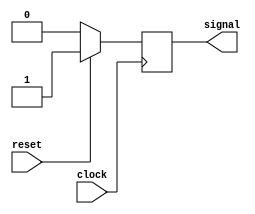
module servooutput(reset, clock, signal);
    input reset, clock;
    output signal;

    reg count = 0;
    reg signal = 0;

always @(posedge clock) begin           
        if(reset) begin                             //if reset is triggered, set signal to on (1) and reset count
            signal <= 1;
            count <= 0;
        end else begin
            // if(count < 1) begin
            //     count <= count + 1;
            // end else if(count == 1) begin             //if 2 cycles passed, set signal to off (0)
            //     signal <= 0;
            // end
            signal <= 0;
        end
    end

endmodule